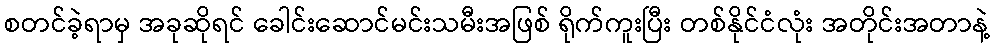
စတင်ခဲ့ရာမှ အခုဆိုရင် ခေါင်းဆောင်မင်းသမီးအဖြစ် ရိုက်ကူးပြီး တစ်နိုင်ငံလုံး အတိုင်းအတာနဲ့